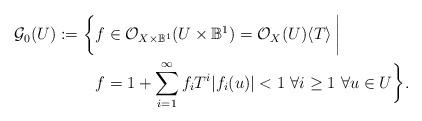
LaTeX: \begin{align*} \mathcal{G}_0 (U) := \bigg\{ &f \in \mathcal{O}_{X\times \mathbb{B}^1} (U \times \mathbb{B}^1) = \mathcal{O}_X (U) \langle T \rangle \, \bigg| \\ &f = 1+ \sum _{i=1}^\infty f_iT^i \vert f_i(u) \vert < 1 \ \forall i \geq 1 \ \forall u \in U \bigg\} . \end{align*}